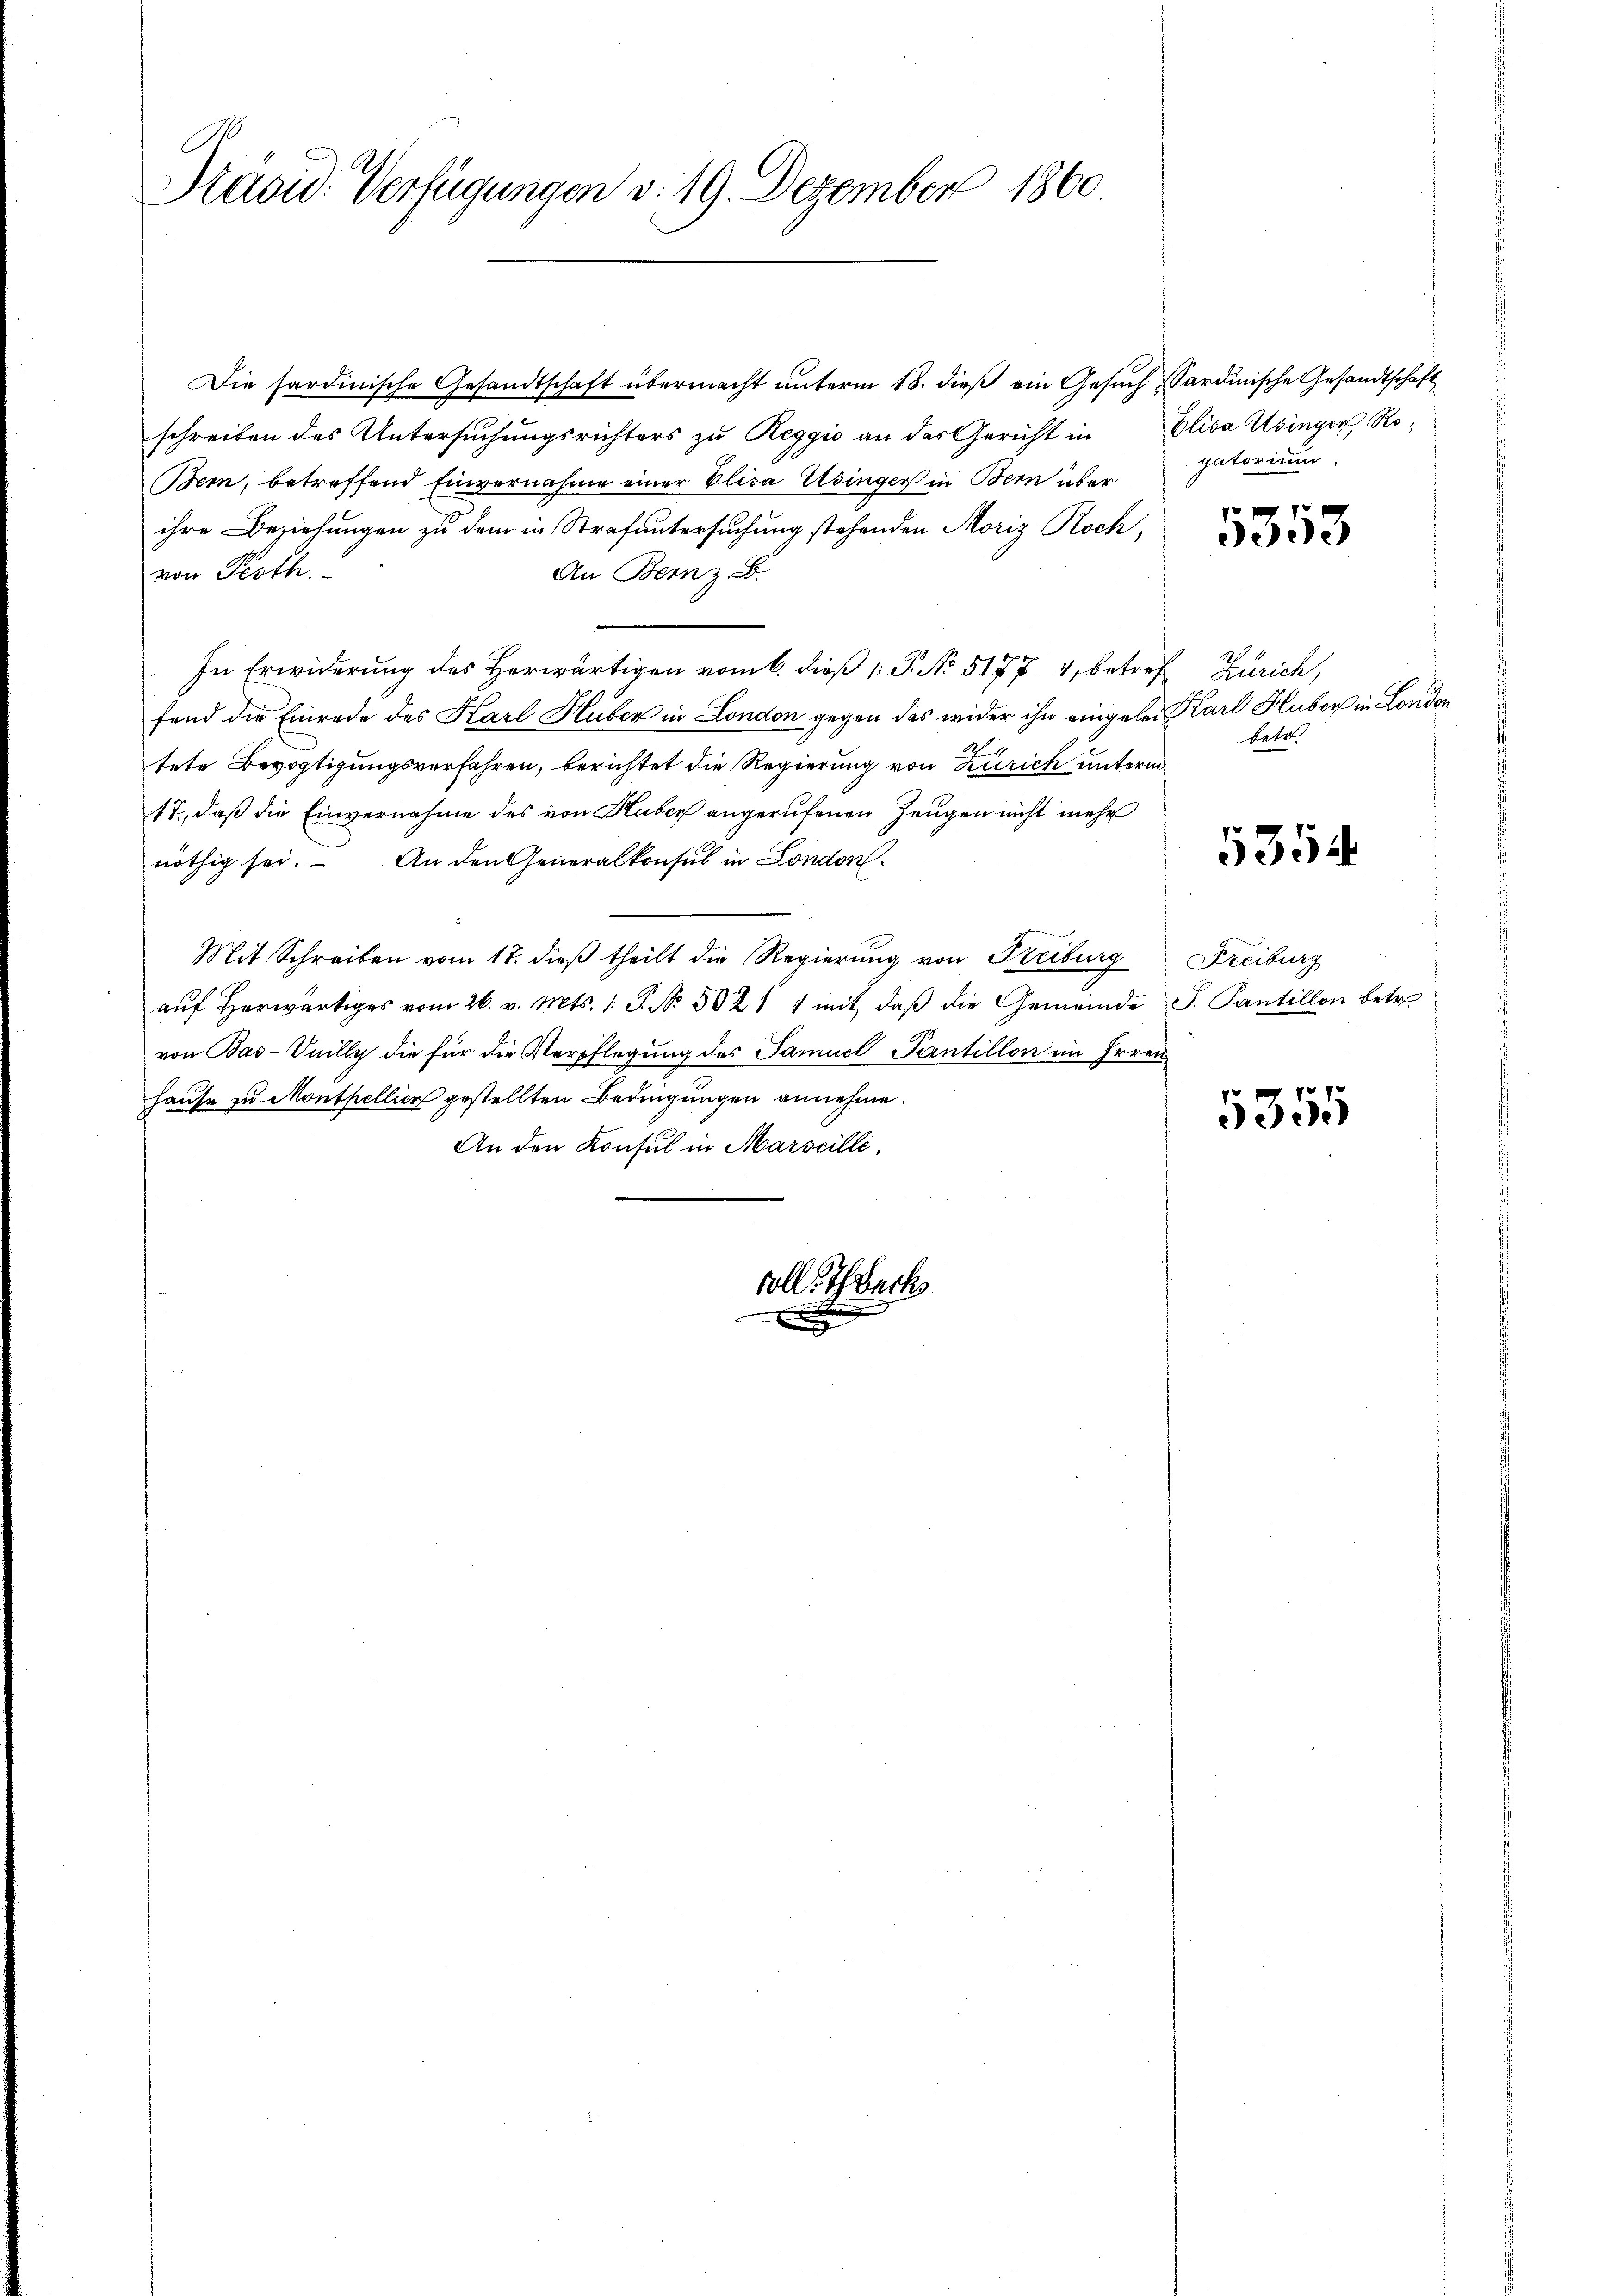
Kasid. Verfügungen d. 19. Dezember 1860.

Die sardinische Gesandtschaft übermacht unterm 18. dieß ein Gesuch Sardinische Gesandtschaft
schreiben des Untersuchungsrichters zu Reggio an das Gericht in
Bern, betreffend Einvernahme einer Elisa Usinger in Bern über
ihre Beziehungen zu dem in Strafuntersuchung stehenden Moris Rochvon Pesth.
An Bern z. B.
In Erwiderung des Herwärtigen vom 6. dieß P. No. 517. 74, betref Zürich,
fend die Einrede des Karl Huber in London gegen das wider ihn eingelei Karl Huber in London
N 1
tete Bevogtigungsverfahren, berichtet die Regierung von Zürich unterm
17., daß die Einvernahme des von Huber angerufenen Zeugen nicht mehr
nöthig sei. An den Generalkonsul in London.
Mit Schreiben vom 17. dieß theilt die Regierung von Freiburg
aŭf herwärtiges vom 26. v. Mts. 1. P. No. 502 11 mit, daβ die Gemeinde
von Bas-Onilly die für die Verpflegung des Samuel Tantillon im Irrenhause zu Monthellier gestellten Bedingungen annehme.
An den Konsul in Marseille,

voll Tuch

Elisa Usinger Rogatorium.

5353

betr.

5354

Freiburg
. Tantillon betr

1355